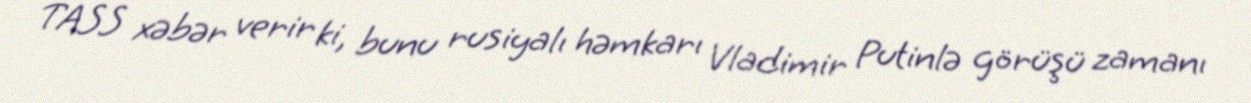
TASS xəbər verir ki, bunu rusiyalı həmkarı Vladimir Putinlə görüşü zamanı